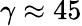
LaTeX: \gamma\approx 45